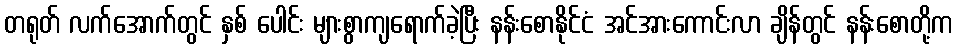
တရုတ် လက်အောက်တွင် နှစ် ပေါင်း များစွာကျရောက်ခဲ့ပြီး နန်းစောနိုင်ငံ အင်အားကောင်းလာ ချိန်တွင် နန်းစောတို့က